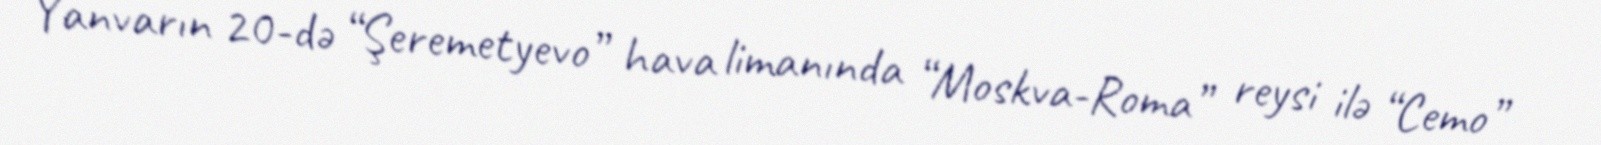
Yanvarın 20-də “Şeremetyevo” hava limanında “Moskva-Roma” reysi ilə “Cemo”